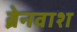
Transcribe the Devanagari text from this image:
ब्रेनवाश